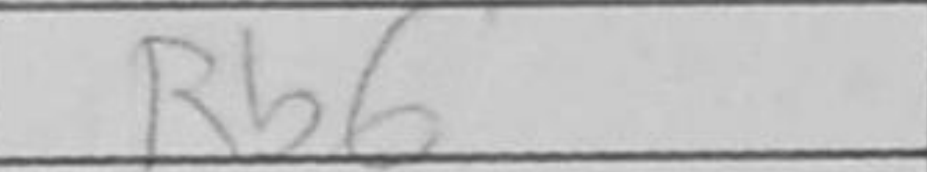
Transcription: Rb6